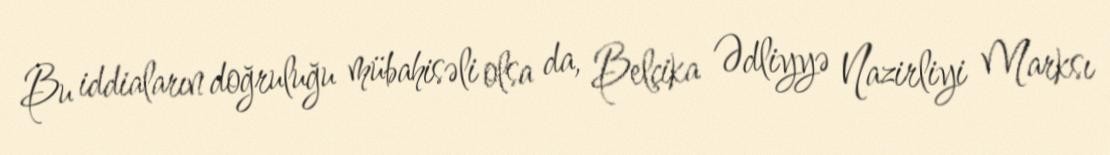
Bu iddiaların doğruluğu mübahisəli olsa da, Belçika Ədliyyə Nazirliyi Marksı